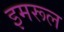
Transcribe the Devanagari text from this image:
इमरूल